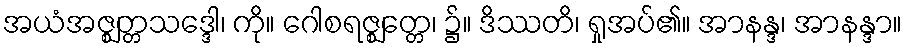
အယံအဇ္ဈတ္တသဒ္ဒေါ၊ ကို။ ဂေါစရဇ္ဈတ္တေ၊ ၌။ ဒိဿတိ၊ ရှုအပ်၏။ အာနန္ဒ၊ အာနန္ဒာ။